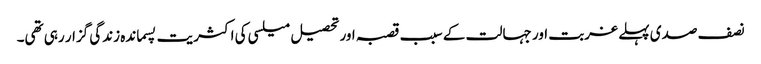
نصف صدی پہلے غربت اور جہالت کے سبب قصبہ اور تحصیل میلسی کی اکثریت پسماندہ زندگی گزار رہی تھی۔